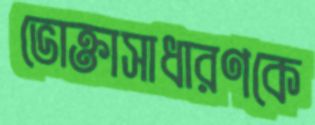
ভোক্তাসাধারণকে